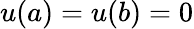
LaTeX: u(a)=u(b)=0